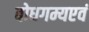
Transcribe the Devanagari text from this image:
बोधगम्यएवं